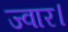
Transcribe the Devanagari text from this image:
ज्वार।